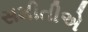
સમીતીએ